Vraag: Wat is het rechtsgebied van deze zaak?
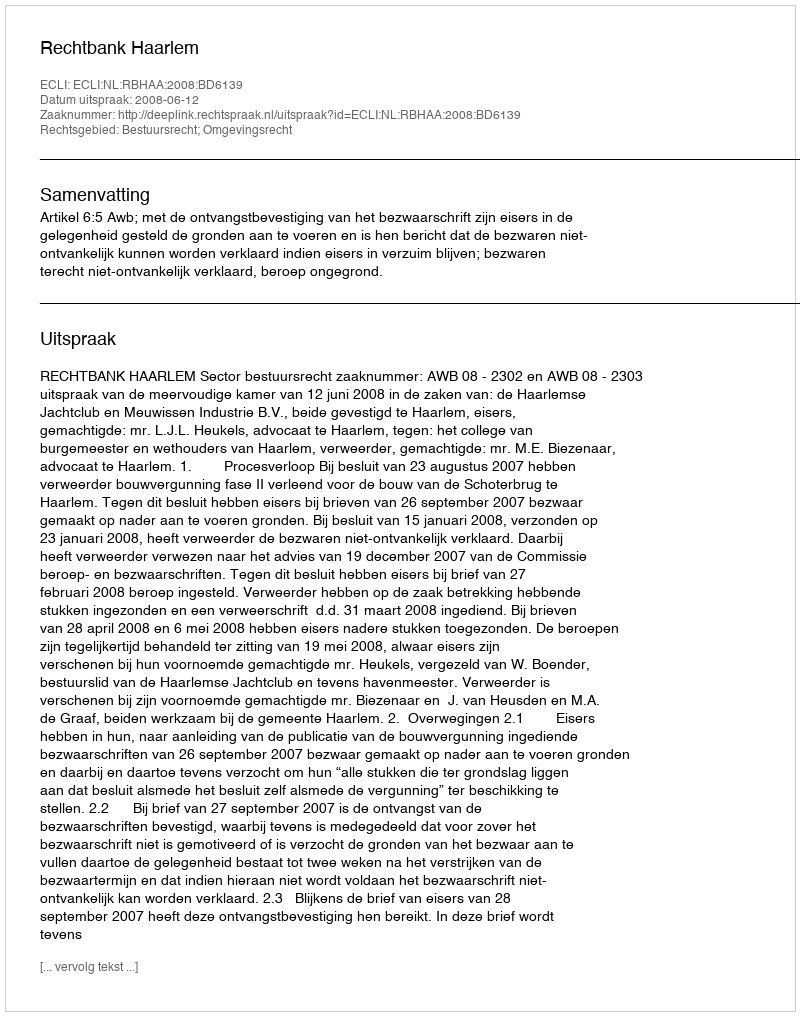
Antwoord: Bestuursrecht; Omgevingsrecht